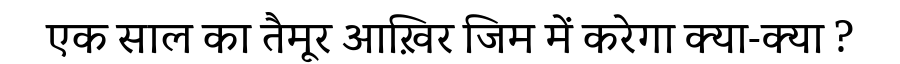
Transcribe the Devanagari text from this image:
एक साल का तैमूर आख़िर जिम में करेगा क्या-क्या ?